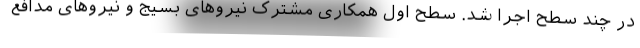
در چند سطح اجرا شد. سطح اول همکاری مشترک نیروهای بسیج و نیروهای مدافع